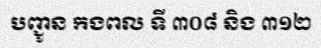
បញ្ជូន កងពល ទី ៣០៨ និង ៣១២